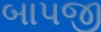
બાપજી